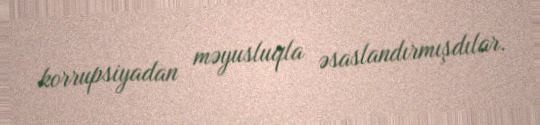
korrupsiyadan məyusluqla əsaslandırmışdılar.